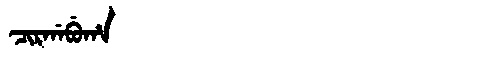
Manchu: ᠴᡳᡵᡤᠠᠪᡠᡥᠠ
Romanization: CIRGABUHA